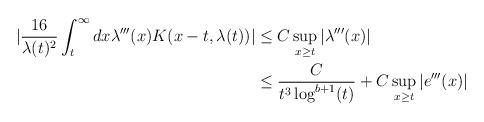
LaTeX: \begin{align*} |\frac{16}{\lambda(t)^{2}}\int_{t}^{\infty} dx \lambda'''(x) K(x-t,\lambda(t))|&\leq C \sup_{x \geq t} |\lambda'''(x)|\\&\leq \frac{C}{t^{3}\log^{b+1}(t)} + C \sup_{x \geq t} |e'''(x)|\end{align*}